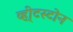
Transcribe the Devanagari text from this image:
व्ही्टस्टोन